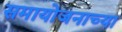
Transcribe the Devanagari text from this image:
समायोजनाच्या